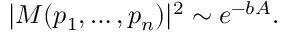
| M ( p _ { 1 } , \ldots , p _ { n } ) | ^ { 2 } \sim e ^ { - b A } .